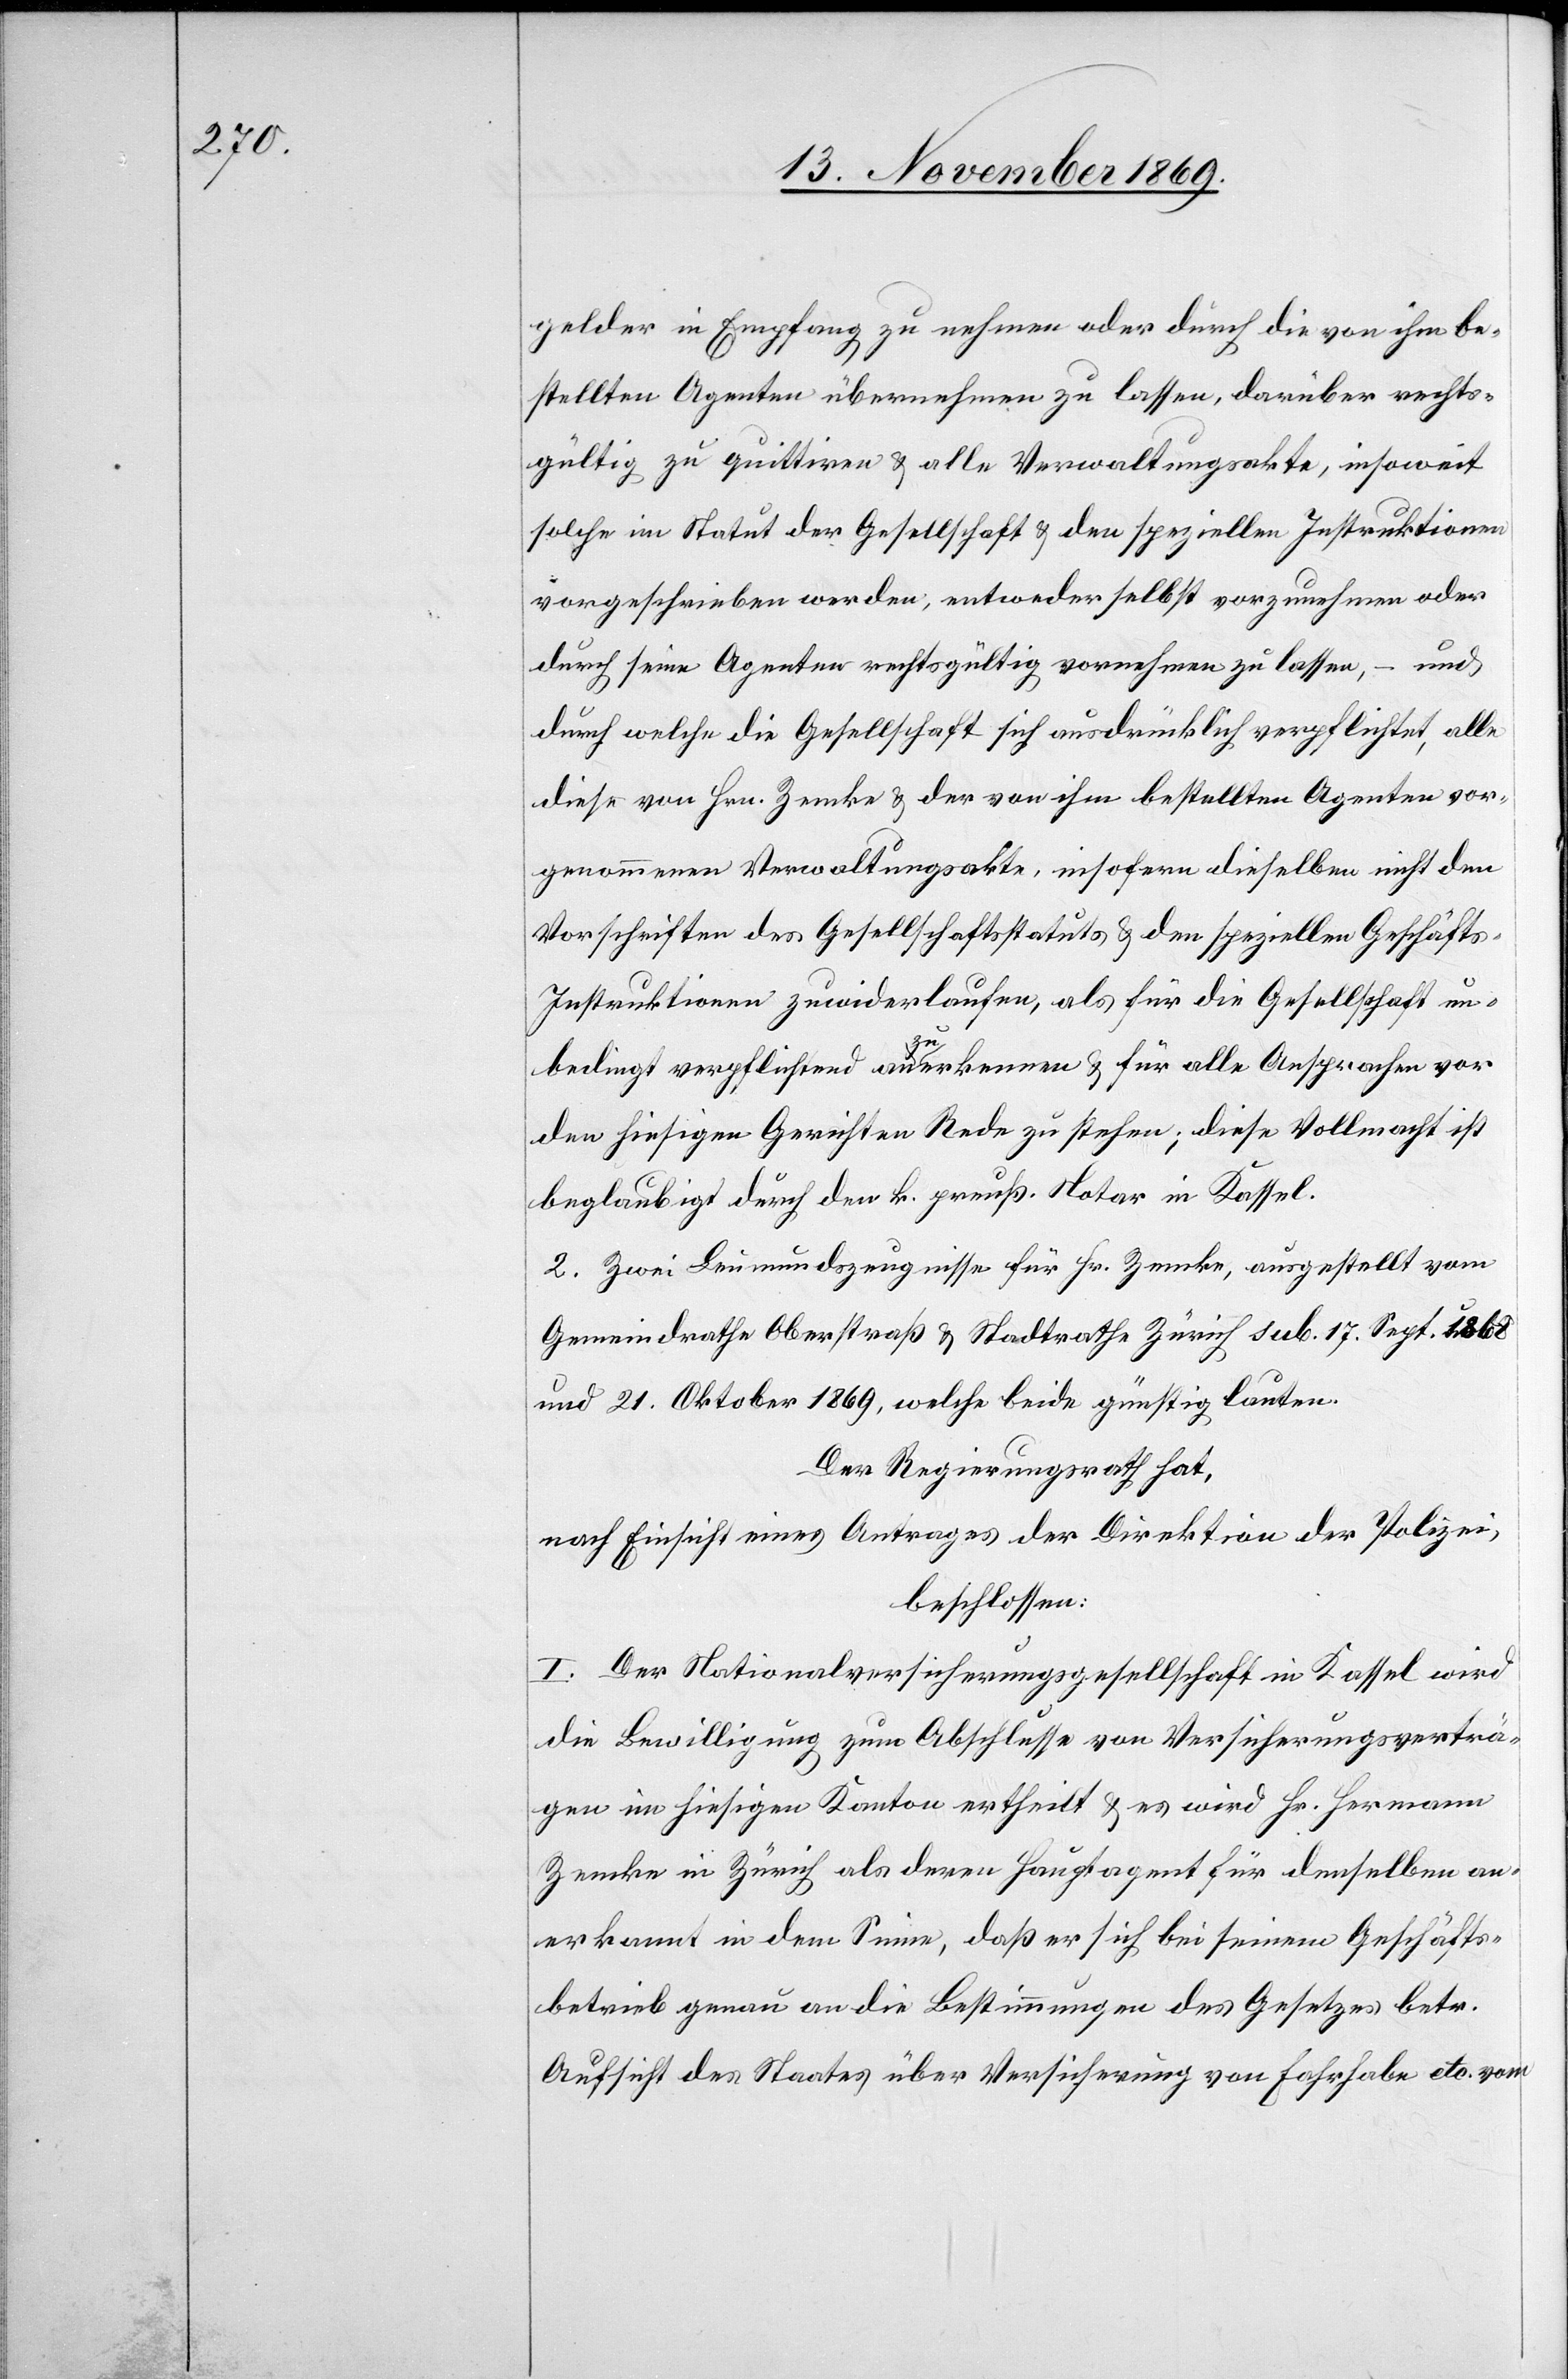
gelder in Empfang zu nehmen oder durch die von ihm be¬
stellten Agenten übernehmen zu lassen, darüber rechts¬
gültig zu quittiren & alle Verwaltungsakte, insoweit
solche im Statut der Gesellschaft & den speziellen Instruktionen
vorgeschrieben werden, entweder selbst vorzunehmen oder
durch seine Agenten rechtsgültig vornehmen zu lassen, – und
durch welche die Gesellschaft sich ausdrücklich verpflichtet, alle
diese von Hrn. Zemke & der von ihm bestellten Agenten vor¬
genommenen Verwaltungsakte, insofern dieselben nicht den
Vorschriften des Gesellschaftsstatuts & den speziellen Geschäft¬
s-Instruktionen zuwiderlaufen, als für die Gesellschaft un¬
bedingt verpflichtend anzuerkennen & für alle Ansprachen vor
den hiesigen Gerichten Rede zu stehen; diese Vollmacht ist
beglaubigt durch den k. preuß. Notar in Kassel.
2. Zwei Leumundszeugnisse für Hr. Zemke, ausgestellt vom
Gemeindrathe Oberstraß & Stadtrathe Zürich sub. 17. Sept. 1868
und 21. Oktober 1869, welche beide günstig lauten.
Der Regierungsrath hat,
nach Einsicht eines Antrages der Direktion der Polizei,
beschlossen:
I. Der Nationalversicherungsgesellschaft in Kassel wird
die Bewilligung zum Abschlusse von Versicherungsverträ¬
gen im hiesigen Kanton ertheilt & es wird Hr. Hermann
Zemke in Zürich als deren Hauptagent für denselben an¬
erkannt in dem Sinne, daß er sich bei seinem Geschäfts¬
betrieb genau an die Bestimmungen des Gesetzes betr.
Aufsicht des Staates über Versicherung von Fahrhabe etc. vom